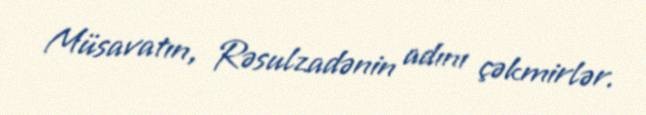
Müsavatın, Rəsulzadənin adını çəkmirlər.